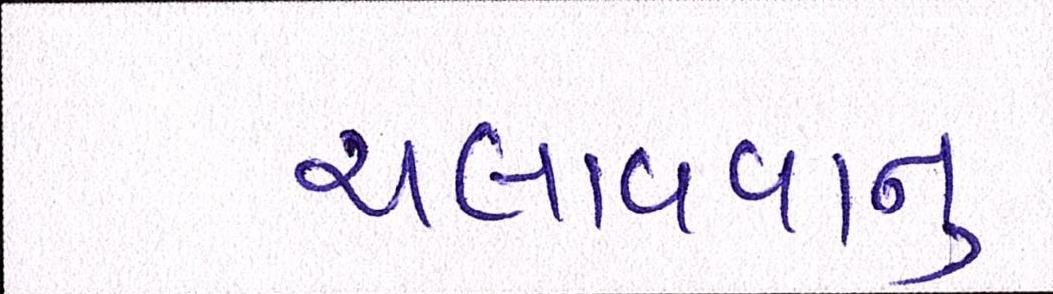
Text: ચલાવવાનુ